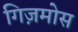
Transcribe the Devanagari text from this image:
गिज़मोस